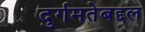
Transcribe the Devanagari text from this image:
दुर्गमतेबद्दल